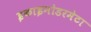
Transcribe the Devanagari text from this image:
इकाइनोडरमेटा